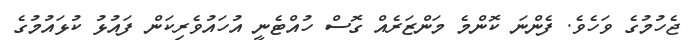
ޖެހުމުގެ ވަހެވެ. ފެންނަ ކޮންމެ މަންޒަރެއް ގޮސް ހުއްޓެނީ އުހައުވެރިކަން ފައުޅު ކުޅައުމުގެ